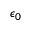
\epsilon _ { 0 }